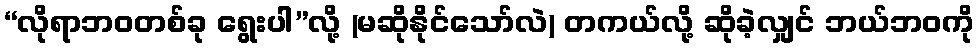
“လိုရာဘဝတစ်ခု ရွေးပါ”လို့ (မဆိုနိုင်သော်လဲ) တကယ်လို့ ဆိုခဲ့လျှင် ဘယ်ဘဝကို